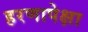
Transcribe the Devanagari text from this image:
हरणापेक्षा